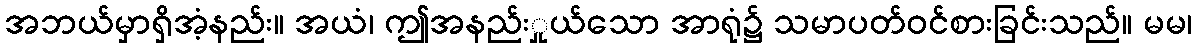
အဘယ်မှာရှိအံ့နည်း။ အယံ၊ ဤအနည်းှုယ်သော အာရုံ၌ သမာပတ်ဝင်စားခြင်းသည်။ မမ၊